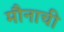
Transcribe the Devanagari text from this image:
मौनाची